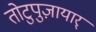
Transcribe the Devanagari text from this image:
तोटुपुज़ायार्